Mental hospitals Bombay report 1921-28 - 1921-1928
Year: 1921
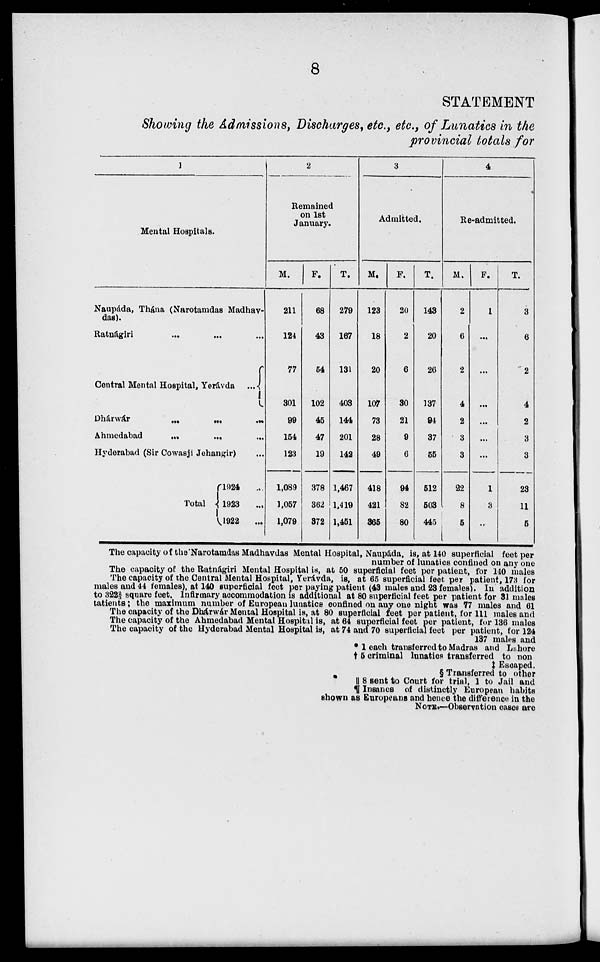
8
STATEMENT
Showing the Admissions, Discharges, etc., etc., of Lunatics in the
provincial totals for
1
Mental Hospitals.
Naupáda, Thána (Narotamdas Madhavdas).
Ratnágiri ... ... ...
Central Mental Hospital, Yerávda
...
Dhárwár
...
...
...
Ahmedabad
...
...
...
Hyderabad (Sir Cowasji Jehangir) ...
Total
1924 ...
1923 ...
1922
...
2
Remained
on 1st
January.
M.
211
124
77
301
99
154
123
1,089
1,057
1,079
F.
68
43
54
102
45
47
19
378
362
372
T.
279
167
131
403
144
201
142
1,467
1,419
1,451
3
Admitted.
M.
123
18
20
107
73
28
49
418
421
365
F.
20
2
6
30
21
9
6
94
82
80
T.
143
20
26
137
94
37
55
512
503
445
4
Re-admitted.
M.
2
6
2
4
2
3
3
22
8
5
F.
1
...
...
...
...
...
...
1
3
...
T.
3
6
2
4
2
3
3
23
11
5
The capacity of the Narotamdas Madhavdas Mental Hospital, Naupáda, is, at 140 superficial feet per
number of lunatics confined on any one
The capacity of the Ratnágiri Mental Hospital is, at 50 superficial feet per patient, for 140 males
The capacity of the Central Mental Hospital, Yerávda, is, at 65 superficial feet per patient, 173 for
males and 44 females), at 140 superficial feet per paying patient (43 males and 23 females). In addition
to 822 2/3 square feet. Infirmary accommodation is additional at 80 superficial feet per patient for 31 males
tatients; the maximum number of European lunatics confined on any one night was 77 males and 61
The capacity of the Dhárwár Mental Hospital is, at 80 superficial feet per patient, for 111 males and
The capacity of the Ahmedabad Mental Hospital is, at 64 superficial feet per patient, for 136 males
The capacity of the Hyderabad Mental Hospital is, at 74 and 70 superficial feet per patient, for 124
137 males and
* 1 each transferred to Madras and Lahore
† 5 criminal lunatics transferred to non
‡ Escaped.
§ Transferred to other
|| 8 sent to Court for trial, 1 to Jail and
¶ Insanes of distinctly European habits
shown as Europeans and hence the difference in the
NOTE.—Observation cases are